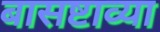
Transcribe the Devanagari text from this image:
बासष्टाव्या